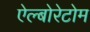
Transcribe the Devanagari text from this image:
ऐल्बोरेटोम